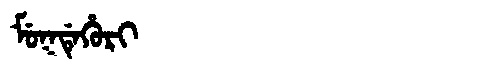
Manchu: ᠮᡠᡴᡩᡝᡥᡠᡵᡳ
Romanization: MUKDEHURI